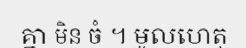
គ្នា មិន ចំ ។ មូលហេតុ